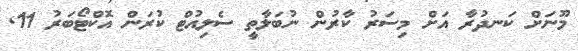
މޫނަށް ކަނދުރާ އަށް މިސަރު ކާރުން ނުބަލާތީ ސެލިއުޓް ކުރަން އޮކްޓޯބަރު 11